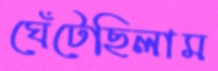
ঘেঁটেছিলাম